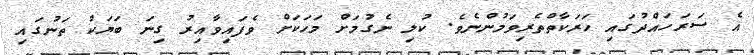
އެ ސަރަހައްދުގައި ހަރަކާތްތެރިވަމުންނެވެ. ކުލި ނެގުމަށް މަހަކަށް ވެފައިވާއިރު ގިނަ ބަޔަކު ތަނުގައި